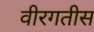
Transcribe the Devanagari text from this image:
वीरगतीस